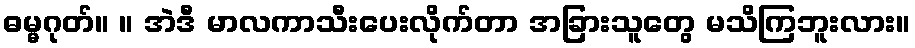
ဓမ္မဂုတ်။ ။ အဲဒီ မာလကာသီးပေးလိုက်တာ အခြားသူတွေ မသိကြဘူးလား။